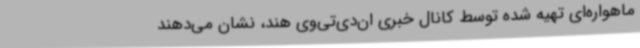
ماهواره‌ای تهیه شده توسط کانال خبری ان‌دی‌تی‌وی هند، نشان می‌دهند